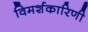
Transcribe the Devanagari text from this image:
विमर्शकारिणी